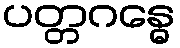
ပတ္တဂန္ဓေ